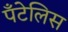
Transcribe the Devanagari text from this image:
पँटेलिस